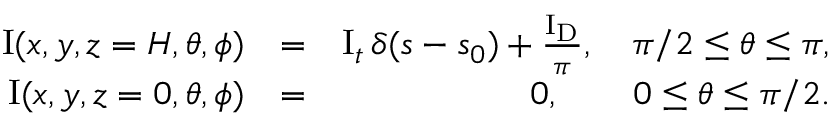
\begin{array} { r l r } { \mathrm { I } ( x , y , z = H , \theta , \phi ) } & { = } & { \mathrm { I } _ { t } \, \delta ( { \ensuremath { \boldsymbol } s } - { \ensuremath { \boldsymbol } s } _ { 0 } ) + \frac { \mathrm { I _ { D } } } { \pi } , \quad \pi / 2 \le \theta \le \pi , } \\ { \mathrm { I } ( x , y , z = 0 , \theta , \phi ) } & { = } & { 0 , \qquad 0 \le \theta \le \pi / 2 . } \end{array}